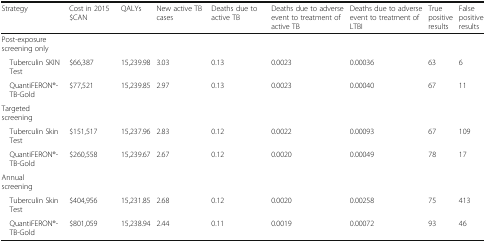
| Strategy | Cost in 2015 $CAN | QALYs | New active TB cases | Deaths due to active TB | Deaths due to adverse event to treatment of active TB | Deaths due to adverse event to treatment of LTBI | True positive results | False positive results |
 | --- | --- | --- | --- | --- | --- | --- | --- | --- |
 | <COLSPAN=9> Post-exposure screening only |
 | Tuberculin SKIN Test | $66,387 | 15,239.98 | 3.03 | 0.13 | 0.0023 | 0.00036 | 63 | 6 |
 | QuantiFERON®-TB-Gold | $77,521 | 15,239.85 | 2.97 | 0.13 | 0.0023 | 0.00040 | 67 | 11 |
 | <COLSPAN=9> Targeted screening |
 | Tuberculin Skin Test | $151,517 | 15,237.96 | 2.83 | 0.12 | 0.0022 | 0.00093 | 67 | 109 |
 | QuantiFERON®-TB-Gold | $260,558 | 15,239.67 | 2.67 | 0.12 | 0.0020 | 0.00049 | 78 | 17 |
 | <COLSPAN=9> Annual screening |
 | Tuberculin Skin Test | $404,956 | 15,231.85 | 2.68 | 0.12 | 0.0020 | 0.00258 | 75 | 413 |
 | QuantiFERON®-TB-Gold | $801,059 | 15,238.94 | 2.44 | 0.11 | 0.0019 | 0.00072 | 93 | 46 |